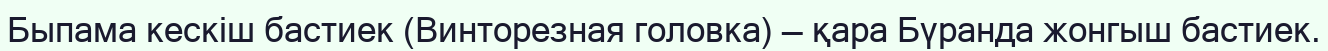
Быпама кескіш бастиек (Винторезная головка) — қара Бүранда жонгыш бастиек.